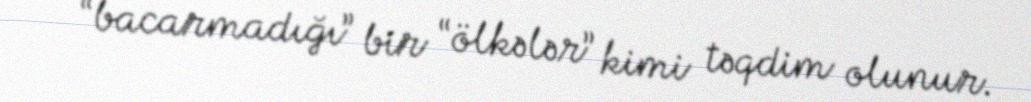
“bacarmadığı” bir “ölkələr” kimi təqdim olunur.